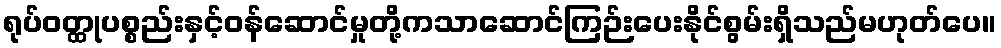
ရုပ်ဝတ္ထုပစ္စည်းနှင့်ဝန်ဆောင်မှုတို့ကသာဆောင်ကြဉ်းပေးနိုင်စွမ်းရှိသည်မဟုတ်ပေ။